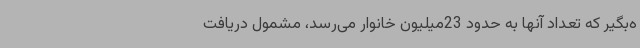
ه‌بگیر که تعداد آنها به حدود 23میلیون خانوار می‌رسد، مشمول دریافت